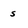
Character: s